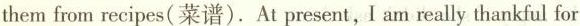
them from recipes(菜谱). At present, I am really thankful for